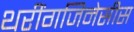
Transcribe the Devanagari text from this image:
थरींगजिनेसीस